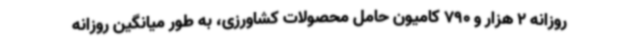
روزانه 2 هزار و 790 کامیون حامل محصولات کشاورزی، به طور میانگین روزانه